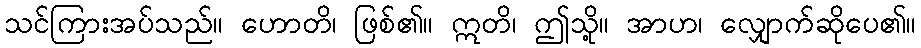
သင်ကြားအပ်သည်။ ဟောတိ၊ ဖြစ်၏။ ဣတိ၊ ဤသို့။ အာဟ၊ လျှောက်ဆိုပေ၏။